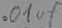
Text: .01µF